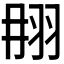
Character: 𦐎